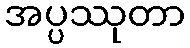
အပ္ပဿုတာ